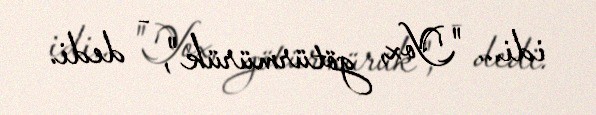
idi... "Yox, götürmürük", - dedi.